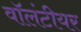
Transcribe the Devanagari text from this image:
वॉलंटीयर